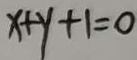
x + y + 1 = 0